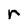
Character: r